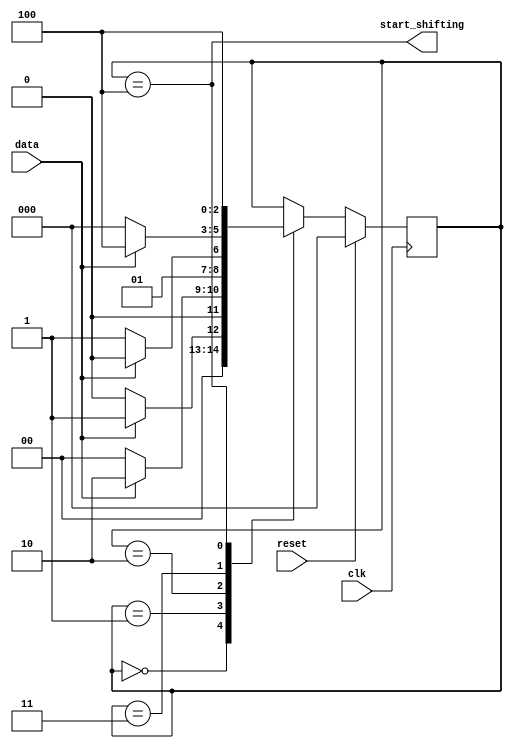
module top_module (
    input clk,
    input reset,      // Synchronous reset
    input data,
    output start_shifting);
	
    parameter S0=3'b000,S1=3'b001,S11=3'b010,S110=3'b011,S1101=3'b100;
    reg [2:0] state, next;
    
    always @(posedge clk) begin
        if(reset)
            state <= S0;
        else
            state <= next;
    end
    
    always @(*) begin
        case(state)
            S0 		: next = data	?	S1	 :	S0;
            S1 		: next = data	?	S11	 :	S0;
            S11 	: next = ~data	?	S110 :	S11;
            S110 	: next = data 	?	S1101:	S0;
            S1101	: next = S1101;
            default	: next = state;
        endcase
    end
    
    assign start_shifting = (state == S1101);
endmodule